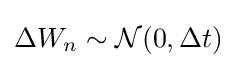
\Delta W_{n}\sim {\mathcal {N}}(0,\Delta t)